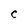
Character: C